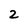
Character: 2